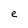
Character: e